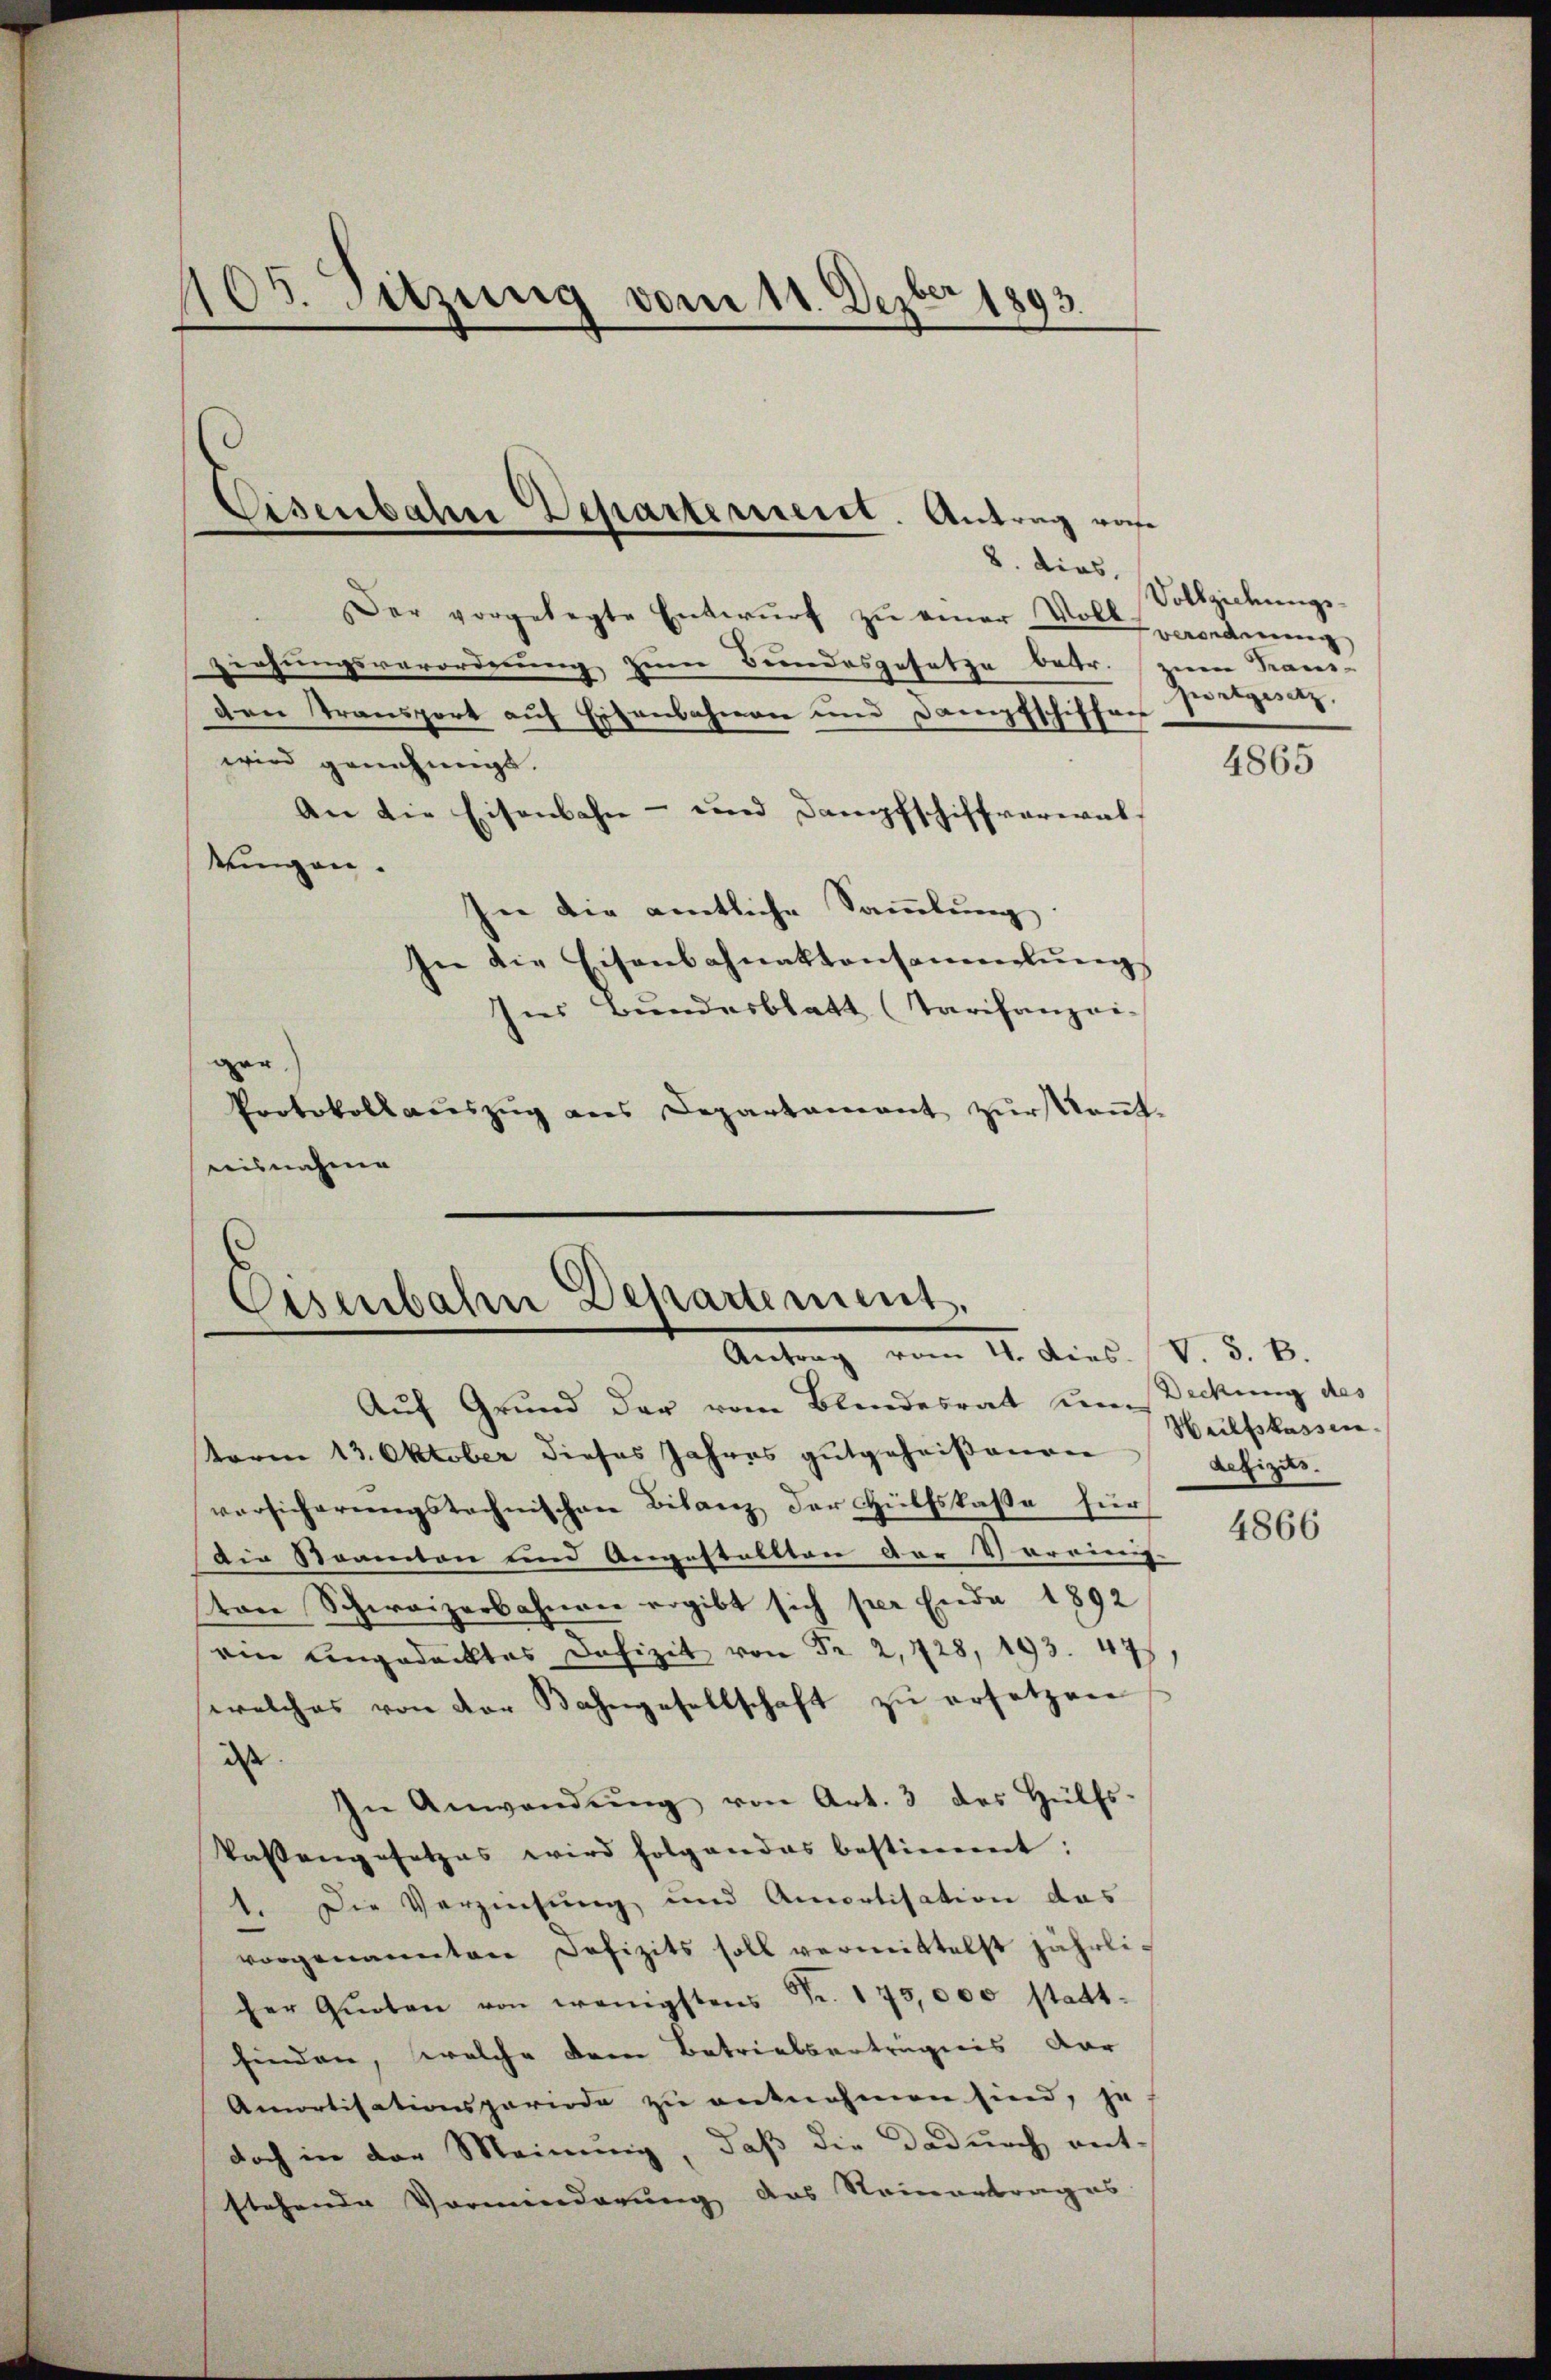
105. Sitzung vom 11. Dezbr 1893.

Der vorgelegte Entwŭrf zu einer Wollordnung
ziehungsverordnung zum Bundesgesetze betr.
den transport auf Eisenbahnen und Dampfschiffer
wird genehmigt.
An die Eisenbahn- und Dampfschiffverwal-
kungen.
In die amtliche Sammlung
In die Eisenbahnaktansammlung
Ins Bundesblatt (Tarifanzei
ger
Protokoll aŭszŭg ans Departamant zŭrkaṅt.
risnahmen

Eisenbahre Departement. Antrag von

Eisenbahre Departement.
Antrag vom 4. Dies. V. 3. B.
Auf Grund der vom Blindesrat um Deckung des

term 13. Oktober dieses Jahres gutgeheißenen defizits.
versicherungstechnischen Bilanz der Hülfskasse für
Die Steamten und Angestallten der Vereinig-
von Schweizerbahnen ergibt sich per Ende 1892
ein Ungedecktes Defizit von Fr. 2,728, 193. 47
welches von der Bahngesellschaft zŭ ersetzen
dass
In Anwendŭng von Art. 3 des Hülfs-
Kassengesetzes wird folgendes bestimmt:
Die Verziehung und Amortisation das
.
vorgenannten Defizits soll vermittelst jährliher Quoten von wenigstens Fr. 175,000 stattfinden, welche drei Betrieberträgnis dar
Amortisationsperiode zu entnehmen sind, je
doch in der Meinung, daß die dadurch ent-
stehende Vormiederung das Steinantrages

2. dies Vollziehungs-
m Trans-
Zurtgesetz.

4865

Hülfskassen.

4866